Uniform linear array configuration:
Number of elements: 16
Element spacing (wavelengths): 0.75
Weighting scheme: kaiser
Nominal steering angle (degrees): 60
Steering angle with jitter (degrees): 58.022
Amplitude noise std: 0.05
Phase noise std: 0.05

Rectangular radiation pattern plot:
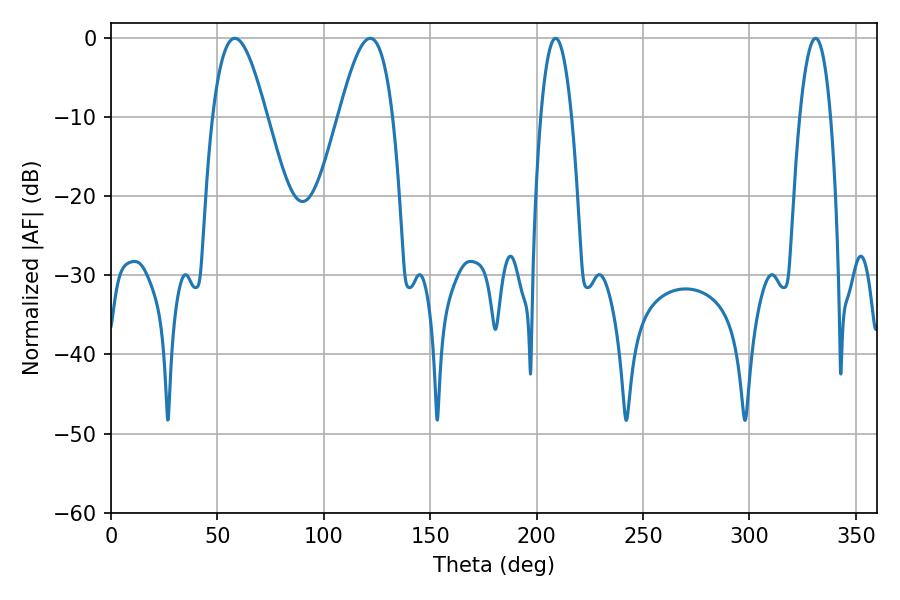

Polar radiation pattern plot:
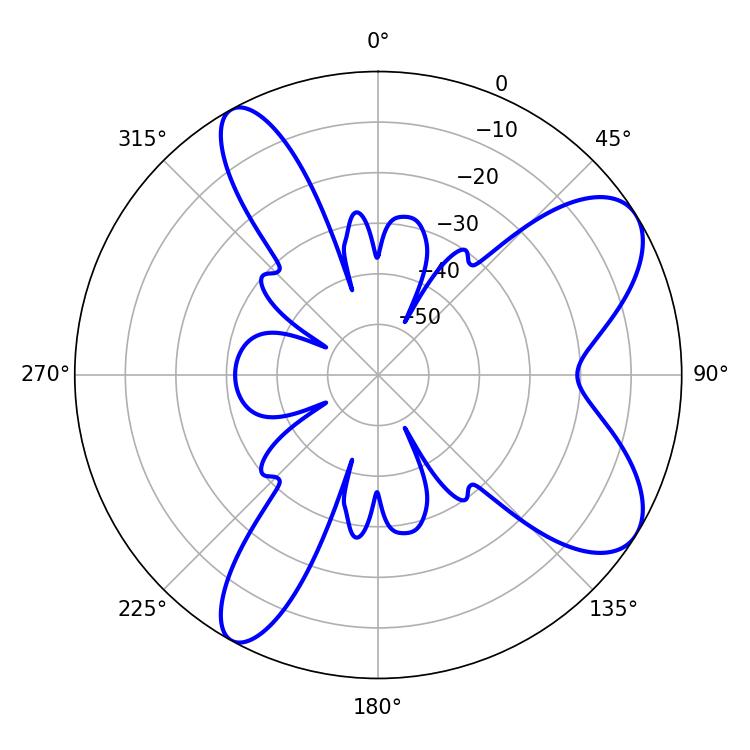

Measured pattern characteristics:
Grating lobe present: TRUE
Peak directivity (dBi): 8.143
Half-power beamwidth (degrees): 13.68
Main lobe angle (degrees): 58.14